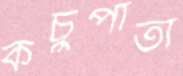
কচুপাতা